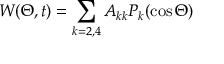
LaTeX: W ( \Theta , t ) = \sum _ { k = 2 , 4 } A _ { k k } P _ { k } ( \cos { \Theta } )